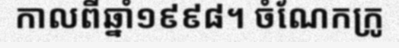
កាលពីឆ្នាំ១៩៩៨។ ចំណែកក្រូ